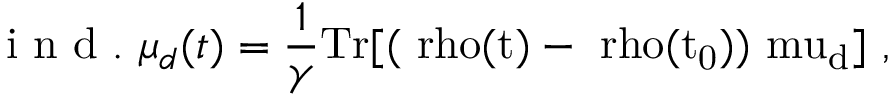
\mathrm { ~ i ~ n ~ d ~ . ~ } \mu _ { d } ( t ) = \frac { 1 } { \gamma } \mathrm { { T r } [ ( \ r h o ( t ) - \ r h o ( t _ { 0 } ) ) \ m u _ { d } ] ~ , }